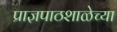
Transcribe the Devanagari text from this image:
प्राज्ञपाठशाळेच्या